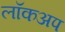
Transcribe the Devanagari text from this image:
लॉकअप